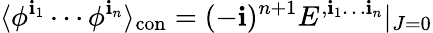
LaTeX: \langle\phi^{\mathbf{i}_{1}}\cdots\phi^{\mathbf{i}_{n}}\rangle_{\mathrm{{con}}}=(-\mathbf{i})^{n+1}E^{,\mathbf{i}_{1}\dots\mathbf{i}_{n}}|_{J=0}